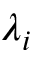
\lambda _ { i }